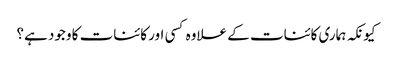
کیونکہ ہماری کائنات کے علاوہ کسی اور کائنات کا وجود ہے؟